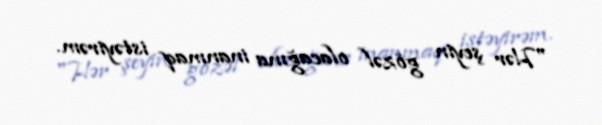
"Hər şeyin gözəl olacağına inanmaq istəyirəm.